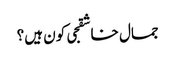
جمال خاشقجی کون ہیں؟